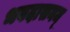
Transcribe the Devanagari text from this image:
भवदासनम्